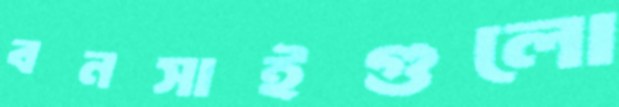
বনসাইগুলো